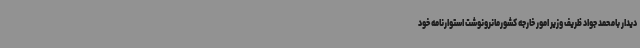
دیدار بامحمد جواد ظریف وزیر امور خارجه کشورمانرونوشت استوارنامه خود